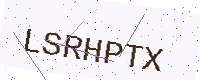
Text: LSRHPTX